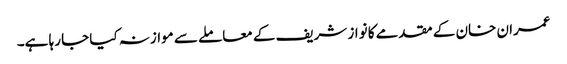
عمران خان کے مقدمے کا نواز شریف کے معاملے سے موازنہ کیا جا رہا ہے۔